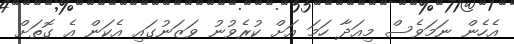
އެހެން ނަމަވެސް މިއަދާ ހަމަ އަށް ކުރެވުނު ވަޒަނުގައި އެކަން އެ ގޮތަށް